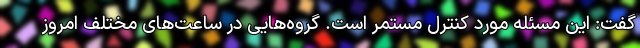
گفت: این مسئله مورد کنترل مستمر است. گروه‌هایی در ساعت‌های مختلف امروز